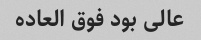
عالی بود فوق العاده